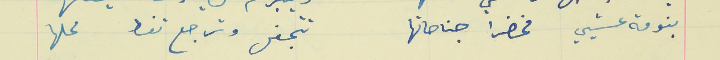
بنومة عشيي مخضرا جناحاتها                                  تتجفل وترجع تغط محلها